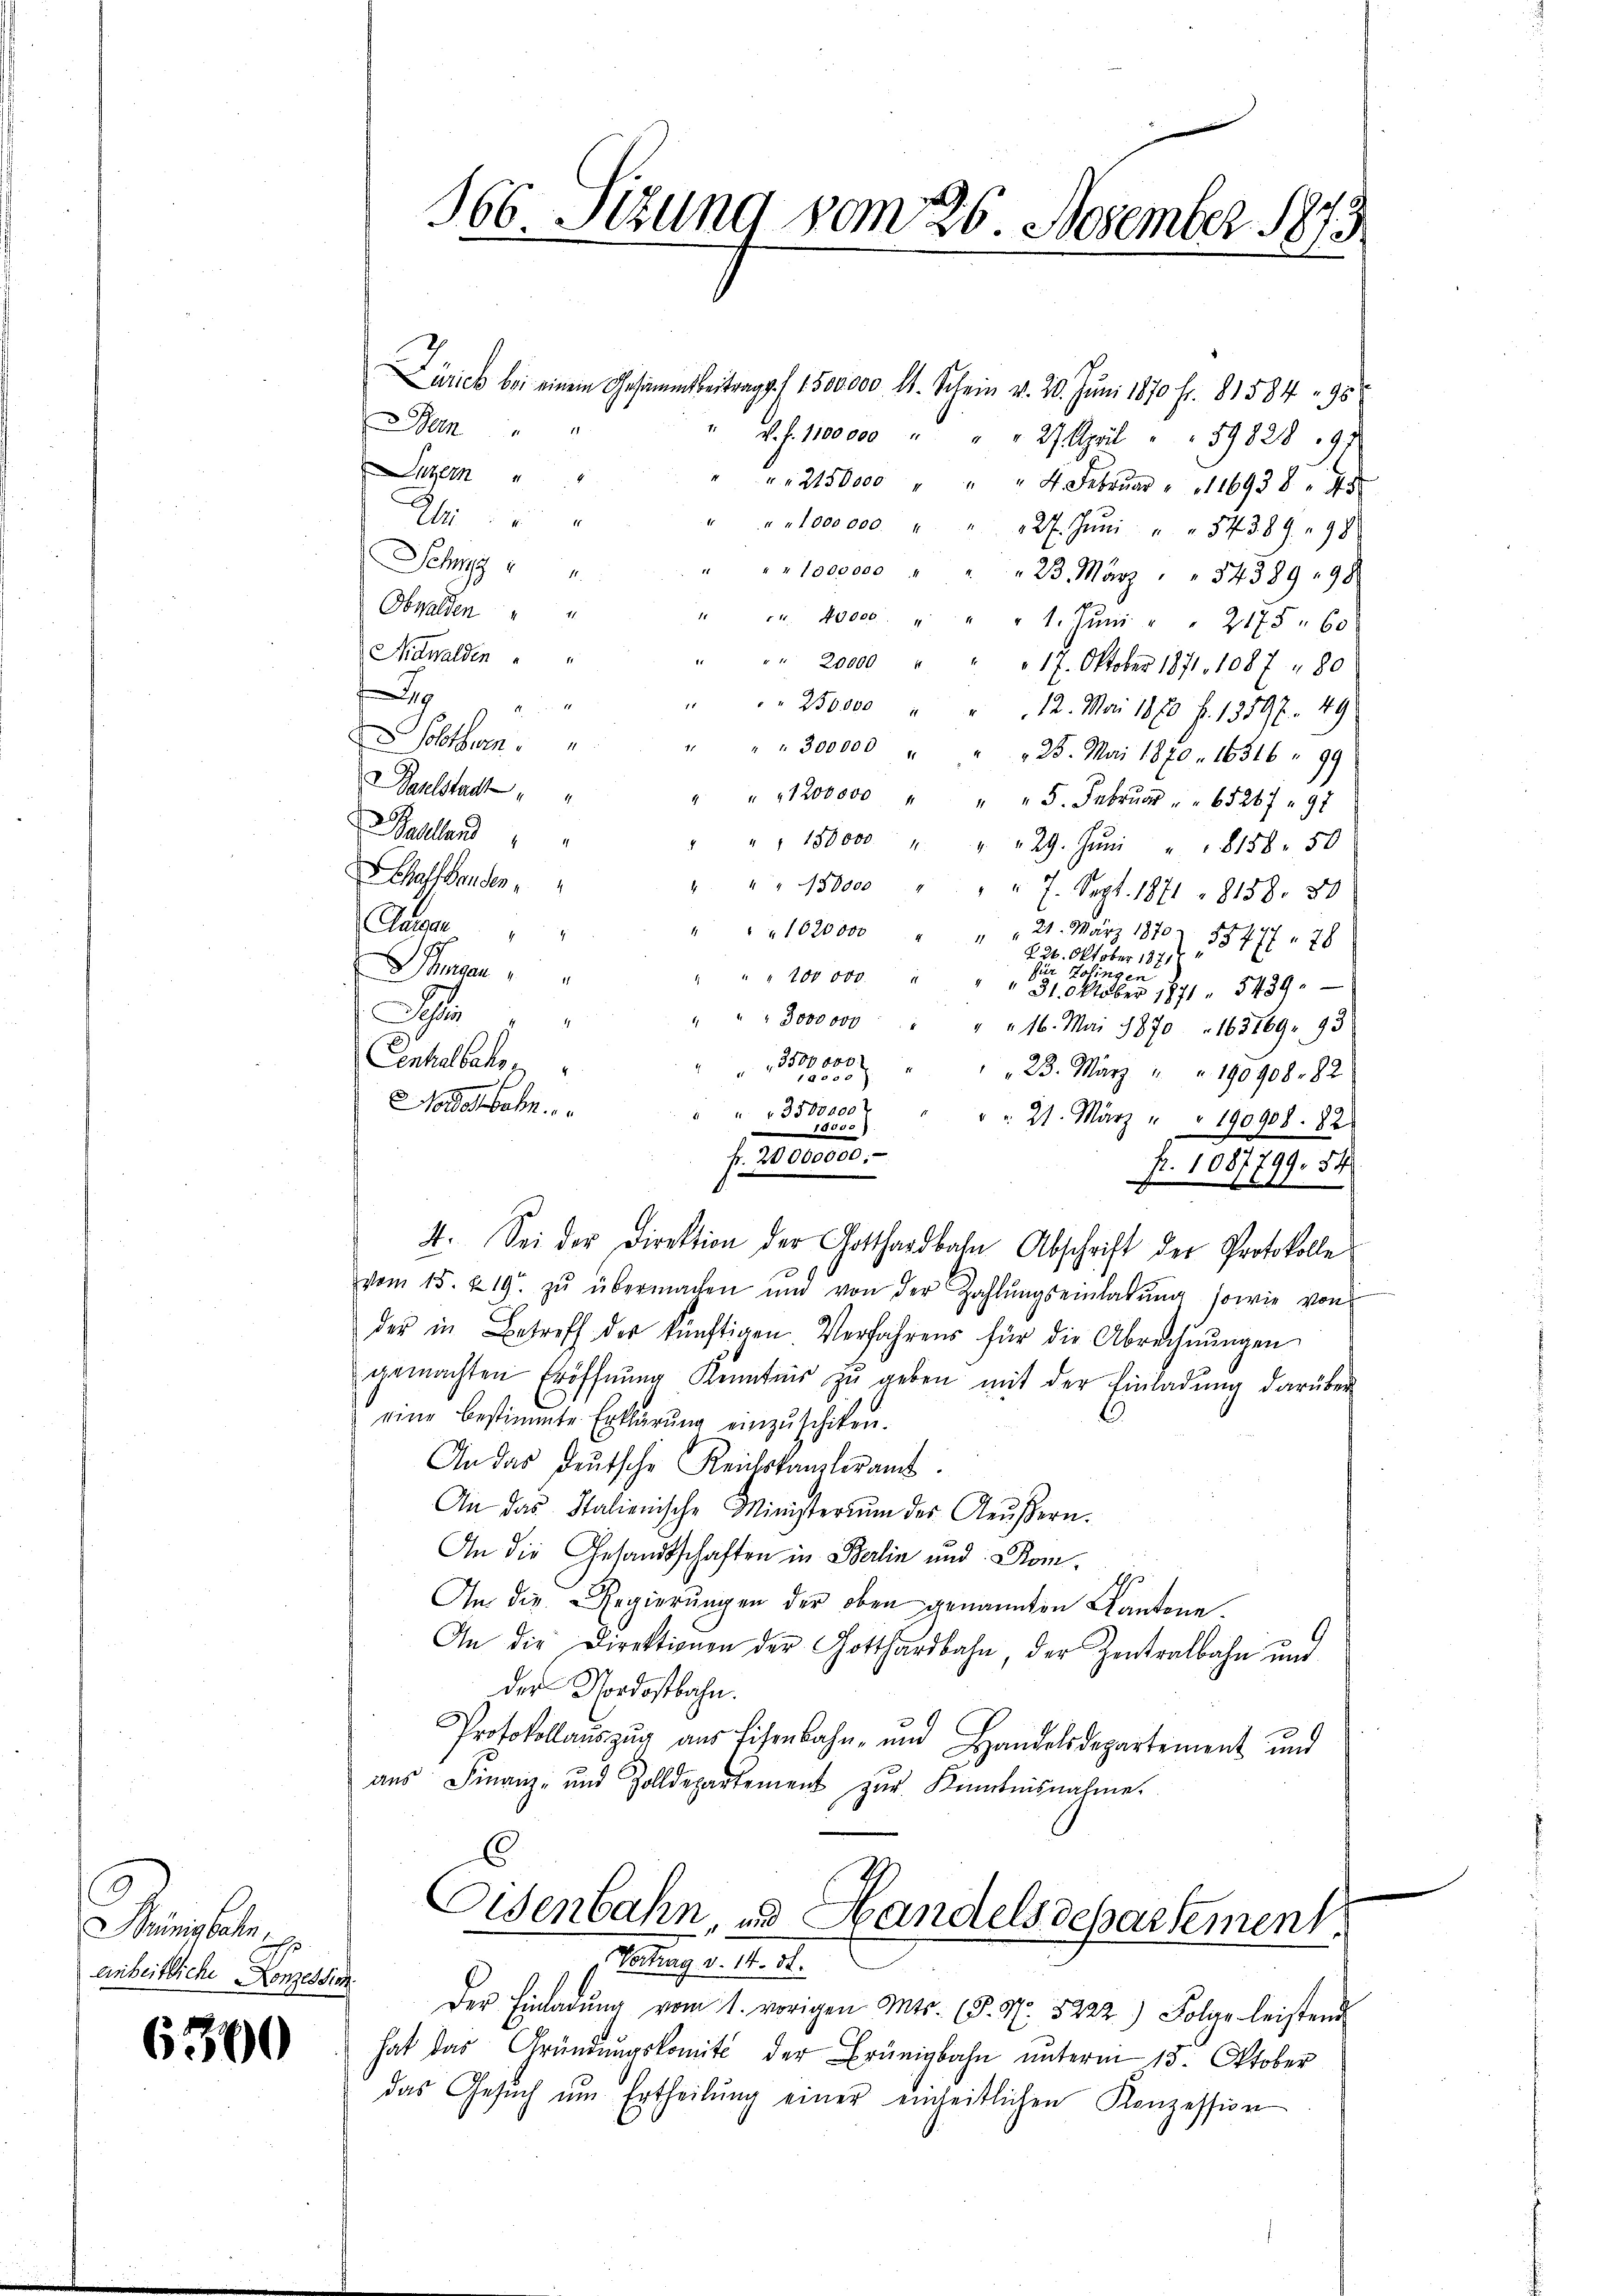
Bünigbahn
einheitliche Konzes

6300

166 Sizung vom 26. Dezember 1873.

Zürich bei einem Gesammtbeitrag (1500000 l. Schein v. 20. Juni 1870 Fr. 81584 n 9
en"
v. f. 1100000 " " " 27. April " " 59828 97
Luzern " "
" " 2150000 " " " 4. Febrŭar " " 116938 45
A
"“ „loooooo " " 27. Jŭni " " 573. 89. 98
Schm
" " " 1000000 " " " 23. März " " 3438998
Obwalden " "
" 40000 " " " 1. Jŭni " " 2175 " 60
Mawalden " "
" " 20000 " " " 17. Oktober 1871. 1087 " 80
x
" 250000 " " 12. Mai 1870 f. 13897. 49
 Solothurn
" " " 300000 " " " 25. Mai 1870. 16316 " 99
Baselstadt
" " " 1200000 " " " 5. Febrŭar " " 65267 " 97
Balland
" " " 150000 " " " 29. Jŭni " " 8188. 50
haffenden
" " " 150000 " " " 7. Sept. 1871 - 8158. 50
ach des
Gasan
" " " 1020000 "
 21. März 1870 55771 78
2
226. Oktober 1871
mn
für Salingen
" " 100 000
31. Oktober 1871. 5439.
A
4
" " 3000000 " " " 16. Mai 1870 " 163169. 93
Cenhaltalien
2
23. März " " 190908. 82
Nordostbahn.
 3500000 f
" " 21. März " " 190908. 82
tause.
f. 20000.
fr. 1087799. 54
4. Sei der Direktion der Gotthardbahn Abschrift der Protokolle
vom 15. & 19. zŭ übermachen und von der Zahlŭngseinladŭng sowie von
der in Betreff der künftigen Verfahrens für die Abrechnŭngen
gemachten Eröffnŭng Kenntnis zŭ geben mit der Einladŭng darüber
eine bestimmte Erklärung einzuschiken.
An das deutsche Reichskanzleran
An das Stalienische Ministerium der Aŭβern.
An die Gesandtschaften in Berlin und Dom.
An die Regierungen der oben genannten Kantone.
An die Direktionen der Gotthardbahn, der Zentralbahn und
der Nordostbahn.
Protokollauszug aus Eisenbahn- und Handelsdepartement und
aŭs Finanz- und Zolldepartement zŭr Kenntnisnahme.
Eisenbahn, und Handelsdepartement.

Vetung d. M. 18.
ich
Der Einladŭng vom 1. vorigen Mts. (§. 57. 5222) Folge leistend
hat das Gründŭngskomit der Brünigbahn ŭnterm 15. Oktober

das Gesŭch ŭm Ertheilŭng einer einheitlichen Konzession